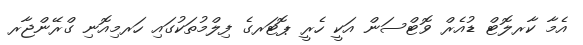
އެމާ ކާރލޮޓް ޑުއެރް ވޮޓްސަން އަކީ ހެރީ ޕޮޓަރގެ ފިލްމުތަކުގައި ހަރމިއޮނި ގްރޭންޖާރ